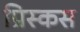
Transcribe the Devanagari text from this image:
प्रिस्कस